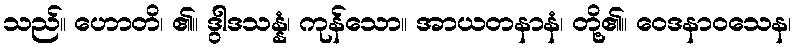
သည်။ ဟောတိ၊ ၏။ ဒွါဒသန္နံ၊ ကုန်သော။ အာယတနာနံ၊ တို့၏။ ဝေဒနာဝသေန၊